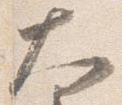
大